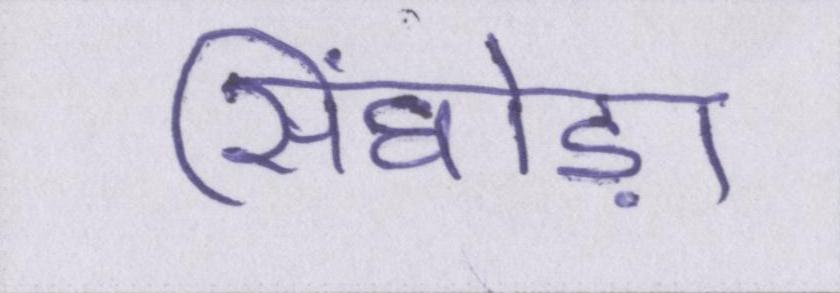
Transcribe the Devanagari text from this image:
सिंघोड़ा